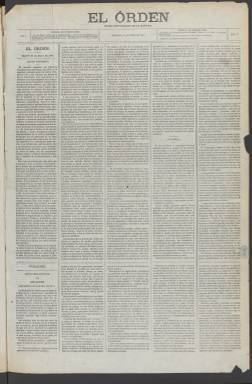
Título: El Orden (Madrid. 1874)
Colección: Periódicos
Ámbito geográfico: Madrid
Lugar de publicación: Madrid
Fechas: 21/01/1874-30/12/1874